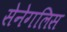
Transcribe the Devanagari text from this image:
सेनेगलिस